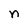
Character: n